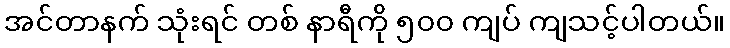
အင်တာနက် သုံးရင် တစ် နာရီကို ၅၀၀ ကျပ် ကျသင့်ပါတယ်။